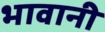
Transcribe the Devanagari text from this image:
भावानी